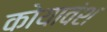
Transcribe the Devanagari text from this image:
कोयावंश